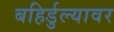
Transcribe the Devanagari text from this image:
बहिर्डुल्यावर